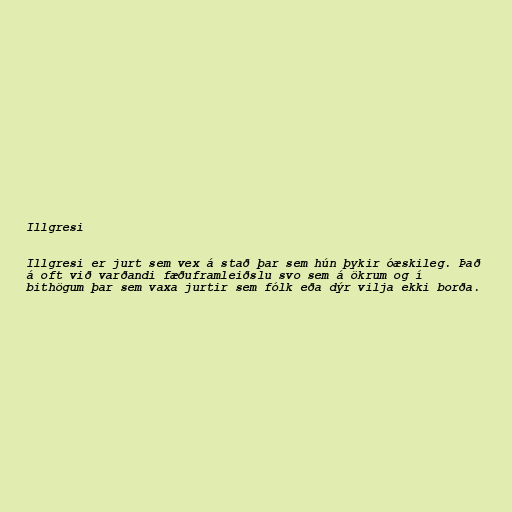
Illgresi

Illgresi er jurt sem vex á stað þar sem hún þykir óæskileg. Það
á oft við varðandi fæðuframleiðslu svo sem á ökrum og í
bithögum þar sem vaxa jurtir sem fólk eða dýr vilja ekki borða.